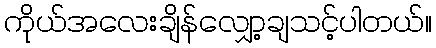
ကိုယ်အလေးချိန်လျှော့ချသင့်ပါတယ်။